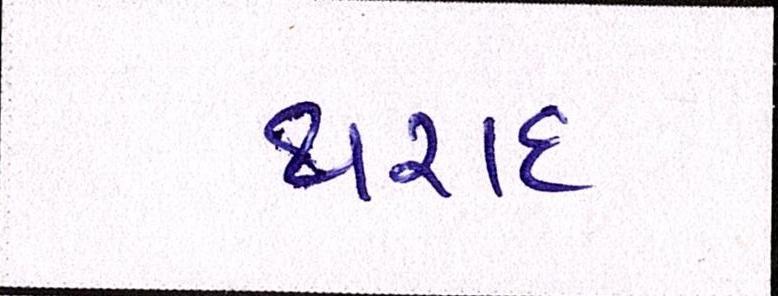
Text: થરાદ